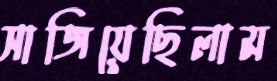
সাজিয়েছিলাম